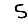
Digit: 5